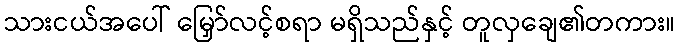
သားငယ်အပေါ် မြှော်လင့်စရာ မရှိသည်နှင့် တူလှချေ၏တကား။